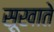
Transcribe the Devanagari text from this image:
सूखाते